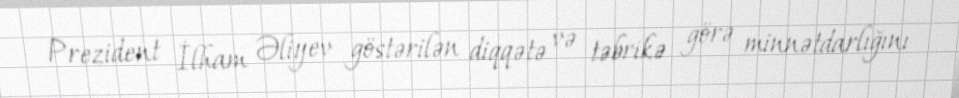
Prezident İlham Əliyev göstərilən diqqətə və təbrikə görə minnətdarlığını